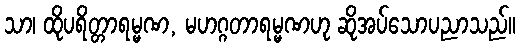
သာ၊ ထိုပရိတ္တာရမ္မဏ, မဟဂ္ဂတာရမ္မဏဟု ဆိုအပ်သောပညာသည်။